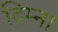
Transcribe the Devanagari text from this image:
दिम्ना